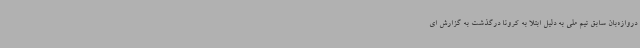
دروازه‌بان سابق تیم ملی به دلیل ابتلا به کرونا درگذشت به گزارش ای